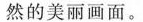
然的美丽画面。